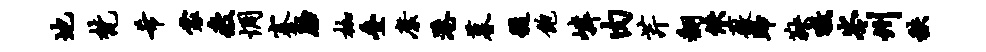
地梵希裳疲惆蹇胎枷叠縻港暮髓饱嶙肉芹翻佚薇蹄鞅嗷岑州秩